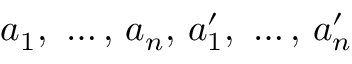
a _ { 1 } { \mathrm { , ~ } } \ldots { } { \mathrm { , ~ } } a _ { n } { \mathrm { , ~ } } a _ { 1 } ^ { \prime } { \mathrm { , ~ } } \ldots { } { \mathrm { , ~ } } a _ { n } ^ { \prime }